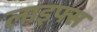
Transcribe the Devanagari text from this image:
लाइफ्स